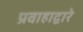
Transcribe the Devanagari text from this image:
प्रवाहाद्वारे